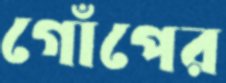
গোঁপের